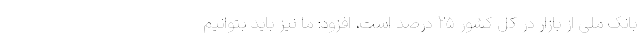
بانک ملی از بازار در کل کشور ۲۵ درصد است، افزود: ما نیز باید بتوانیم